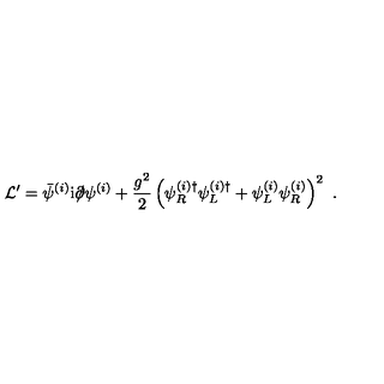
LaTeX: { \cal L } ^ { \prime } = \bar { \psi } ^ { ( i ) } \mathrm { i } \partial \! \! \! / \psi ^ { ( i ) } + \frac { g ^ { 2 } } { 2 } \left( \psi _ { R } ^ { ( i ) \dagger } \psi _ { L } ^ { ( i ) \dagger } + \psi _ { L } ^ { ( i ) } \psi _ { R } ^ { ( i ) } \right) ^ { 2 } \ .